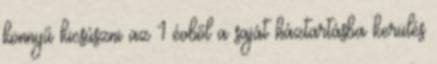
könnyű kicsúszni az 1 évből a saját háztartásba kerülés